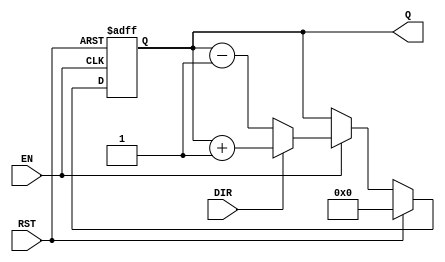
module async_counter #(
    parameter BIT_WIDTH = 4  // Configurable bit width, default is 4 bits
)(
    input wire EN,            // Enable signal
    input wire DIR,           // Count direction (1 for up, 0 for down)
    input wire RST,           // Asynchronous reset signal
    output reg [BIT_WIDTH-1:0] Q // Output count value
);

// Internal signal to hold the next count value
reg [BIT_WIDTH-1:0] next_count;

// Asynchronous reset and counting logic
always @(*) begin
    if (RST) begin
        next_count = 0; // Reset count to 0
    end else if (EN) begin
        if (DIR) begin
            next_count = Q + 1; // Increment count
        end else begin
            next_count = Q - 1; // Decrement count
        end
    end else begin
        next_count = Q; // Hold current value if not enabled
    end
end

// Update the count on the next positive edge (asynchronous behavior)
always @(posedge EN or posedge RST) begin
    if (RST) begin
        Q <= 0; // Reset count to 0
    end else begin
        Q <= next_count; // Update count
    end
end

endmodule